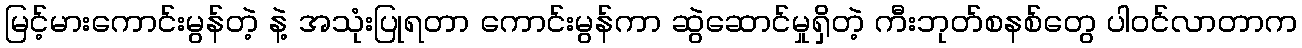
မြင့်မားကောင်းမွန်တဲ့ နဲ့ အသုံးပြုရတာ ကောင်းမွန်ကာ ဆွဲဆောင်မှုရှိတဲ့ ကီးဘုတ်စနစ်တွေ ပါဝင်လာတာက